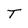
Character: T